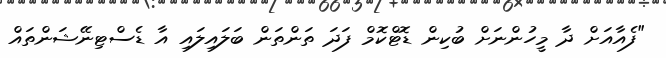
"ފެއާއަށް ދާ މީހުންނަށް ބުކިން ޑޮޓްކޮމް ފަދަ ތަންތަން ބަލައިލައި އާ ޑެސްޓިނޭޝަންތައް